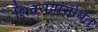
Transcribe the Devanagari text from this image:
शिवरायांसोबत